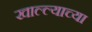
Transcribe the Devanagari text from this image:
खाल्ल्याच्या